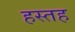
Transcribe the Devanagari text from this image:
हस्तह